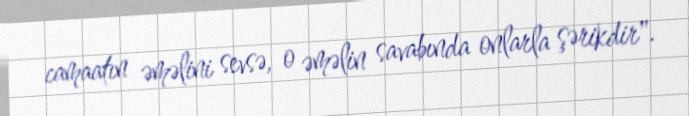
camaatın əməlini sevsə, o əməlin savabında onlarla şərikdir".